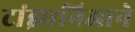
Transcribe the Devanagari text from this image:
टांझानिआने